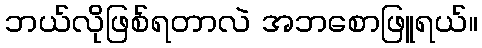
ဘယ်လိုဖြစ်ရတာလဲ အဘစောဖြူရယ်။